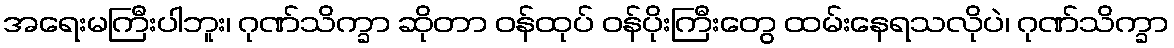
အရေးမကြီးပါဘူး၊ ဂုဏ်သိက္ခာ ဆိုတာ ဝန်ထုပ် ဝန်ပိုးကြီးတွေ ထမ်းနေရသလိုပဲ၊ ဂုဏ်သိက္ခာ